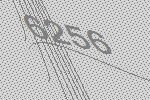
6256